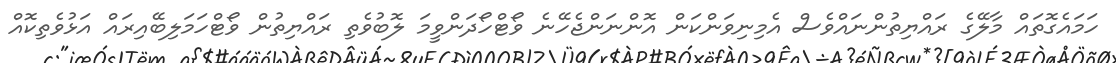
ހަމައެގޮތައް މާލޭގެ ރައްޔިތުންނައްވެސް އެމިނިވަންކަން އޮންނަންޖެހޭނެ ވޯޓްހޯދަންވީމަ ލޮބުވެތި ރައްޔިތުން ވޯޓްހަމަލިބޭއިރައް އަޅުވެތިކޮއް